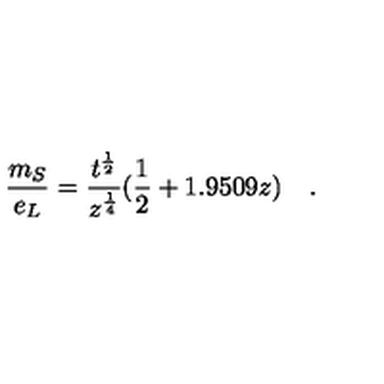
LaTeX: \frac { m _ { S } } { e _ { L } } = \frac { t ^ { \frac { 1 } { 2 } } } { z ^ { \frac { 1 } { 4 } } } ( \frac { 1 } { 2 } + 1 . 9 5 0 9 z ) \quad .